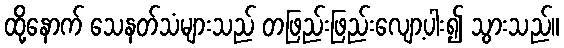
ထို့နောက် သေနတ်သံများသည် တဖြည်းဖြည်းလျော့ပါး၍ သွားသည်။